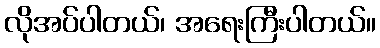
လိုအပ်ပါတယ်၊ အရေးကြီးပါတယ်။